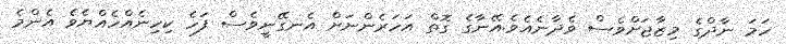
ހަމަ ނާދްގެ މިޒާޖަށްވެސް ވެދާނެއެވެ.އޭނާގެ ގޮތް އަހަރެންނަށް އެނގޭނީވެސް ފަހެ ކިހިނެއްހެއްޔެވެ އެންމެ